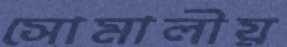
সোমালীয়